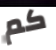
كم